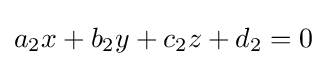
a_{2}x+b_{2}y+c_{2}z+d_{2}=0